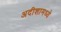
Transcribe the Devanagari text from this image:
अदीशामध्ये